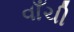
વાઁચી